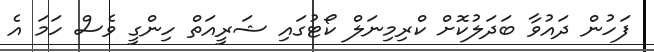
ފަހުން ދައުވާ ބަދަލުކޮށް ކްރިމިނަލް ކޯޓުގައި ޝަރީއަތް ހިންގީ ވެސް ހަމަ އެ